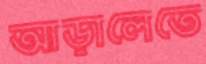
আড়ালেতে